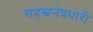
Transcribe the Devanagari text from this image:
सहस्त्रनेत्रधारी